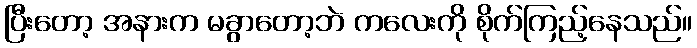
ပြီးတော့ အနားက မခွာတော့ဘဲ ကလေးကို စိုက်ကြည့်နေသည်။